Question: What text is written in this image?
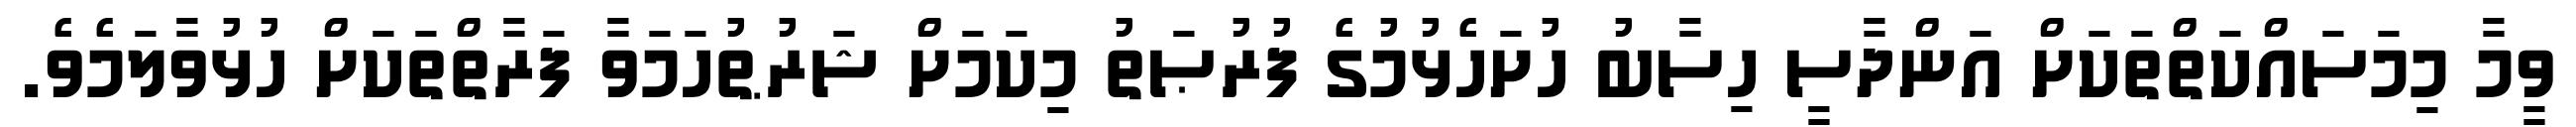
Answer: ވީމާ މިމަސައްކަތްތަކަށް އަންދާސީ ހިސާބު ހުށަހެޅުމުގެ ފުރުޞަތު މިކަމަށް ޝަރުޠުހަމަވާ ފަރާތްތަކަށް ހުޅުވާލަމެވެ.